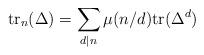
LaTeX: \begin{align*}\textnormal{tr}_n(\Delta ) = \sum_{d|n}\mu (n/d) \textnormal{tr}(\Delta ^d)\end{align*}